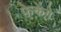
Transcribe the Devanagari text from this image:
फेकेंगे